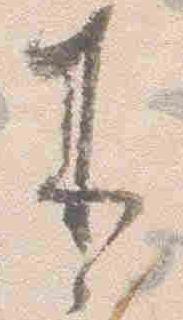
来